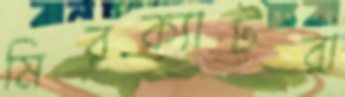
মিরক্যাটরা